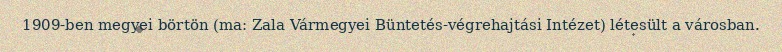
1909-ben megyei börtön (ma: Zala Vármegyei Büntetés-végrehajtási Intézet) létesült a városban.